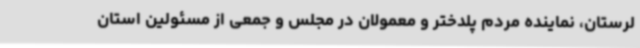
لرستان، نماینده مردم پلدختر و معمولان در مجلس و جمعی از مسئولین استان